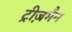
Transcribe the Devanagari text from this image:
ट्रीज़मैन